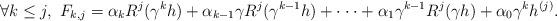
LaTeX: \begin{align*} \forall k\leq j,\ F_{k,j}=\alpha _{k}R^{j}(\gamma ^{k}h)+\alpha _{k-1}\gamma R^{j}(\gamma ^{k-1}h)+\cdot \cdot \cdot +\alpha _{1}\gamma ^{k-1}R^{j}(\gamma h)+\alpha _{0}\gamma ^{k}h^{(j)}.\end{align*}